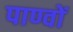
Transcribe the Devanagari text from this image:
पाण्वों